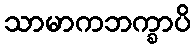
သာမာကဘက္ခာပိ